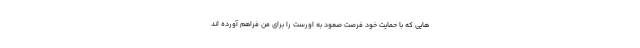
هایی که با حمایت خود فرصت صعود به اورست را برای من فراهم آورده اند